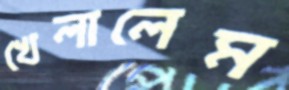
খেলালেম